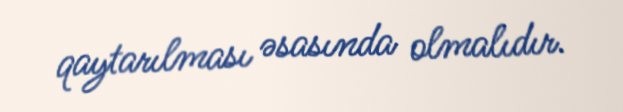
qaytarılması əsasında olmalıdır.